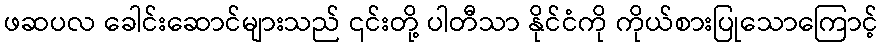
ဖဆပလ ခေါင်းဆောင်များသည် ၎င်းတို့ ပါတီသာ နိုင်ငံကို ကိုယ်စားပြုသောကြောင့်